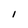
Character: l